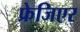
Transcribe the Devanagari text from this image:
फ्रेजिएर